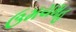
ઉમયમહ